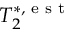
T _ { 2 } ^ { * , \textrm { e s t } }